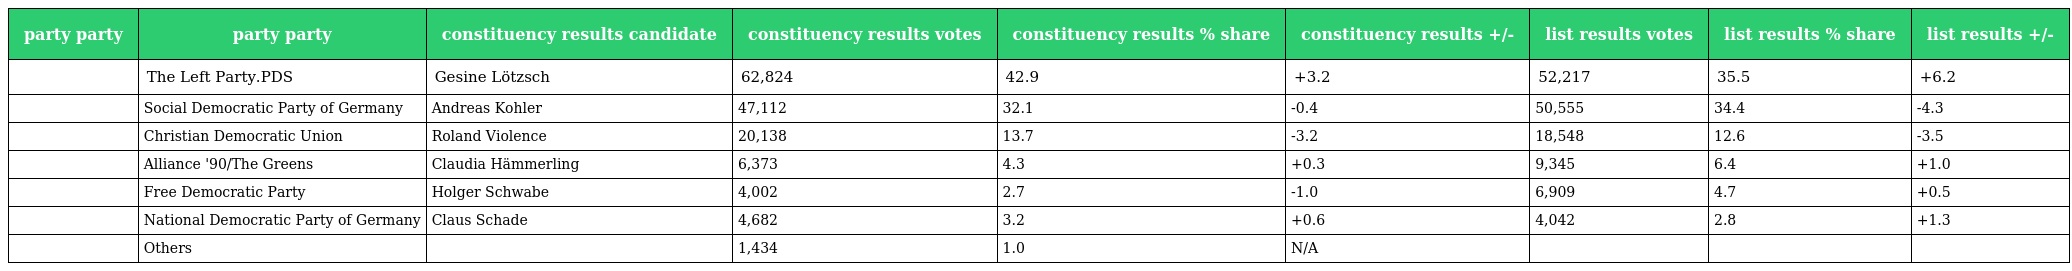
| party party | party party | constituency results candidate | constituency results votes | constituency results % share | constituency results +/- | list results votes | list results % share | list results +/- |
 | --- | --- | --- | --- | --- | --- | --- | --- | --- |
 |  | The Left Party.PDS | Gesine Lötzsch | 62,824 | 42.9 | +3.2 | 52,217 | 35.5 | +6.2 |
 |  | Social Democratic Party of Germany | Andreas Kohler | 47,112 | 32.1 | -0.4 | 50,555 | 34.4 | -4.3 |
 |  | Christian Democratic Union | Roland Violence | 20,138 | 13.7 | -3.2 | 18,548 | 12.6 | -3.5 |
 |  | Alliance '90/The Greens | Claudia Hämmerling | 6,373 | 4.3 | +0.3 | 9,345 | 6.4 | +1.0 |
 |  | Free Democratic Party | Holger Schwabe | 4,002 | 2.7 | -1.0 | 6,909 | 4.7 | +0.5 |
 |  | National Democratic Party of Germany | Claus Schade | 4,682 | 3.2 | +0.6 | 4,042 | 2.8 | +1.3 |
 |  | Others |  | 1,434 | 1.0 | N/A |  |  |  |